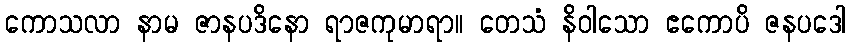
ကောသလာ နာမ ဇာနပဒိနော ရာဇကုမာရာ။ တေသံ နိဝါသော ဧကောပိ ဇနပဒေါ